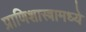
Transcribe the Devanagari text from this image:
प्राणिशास्त्रामध्ये